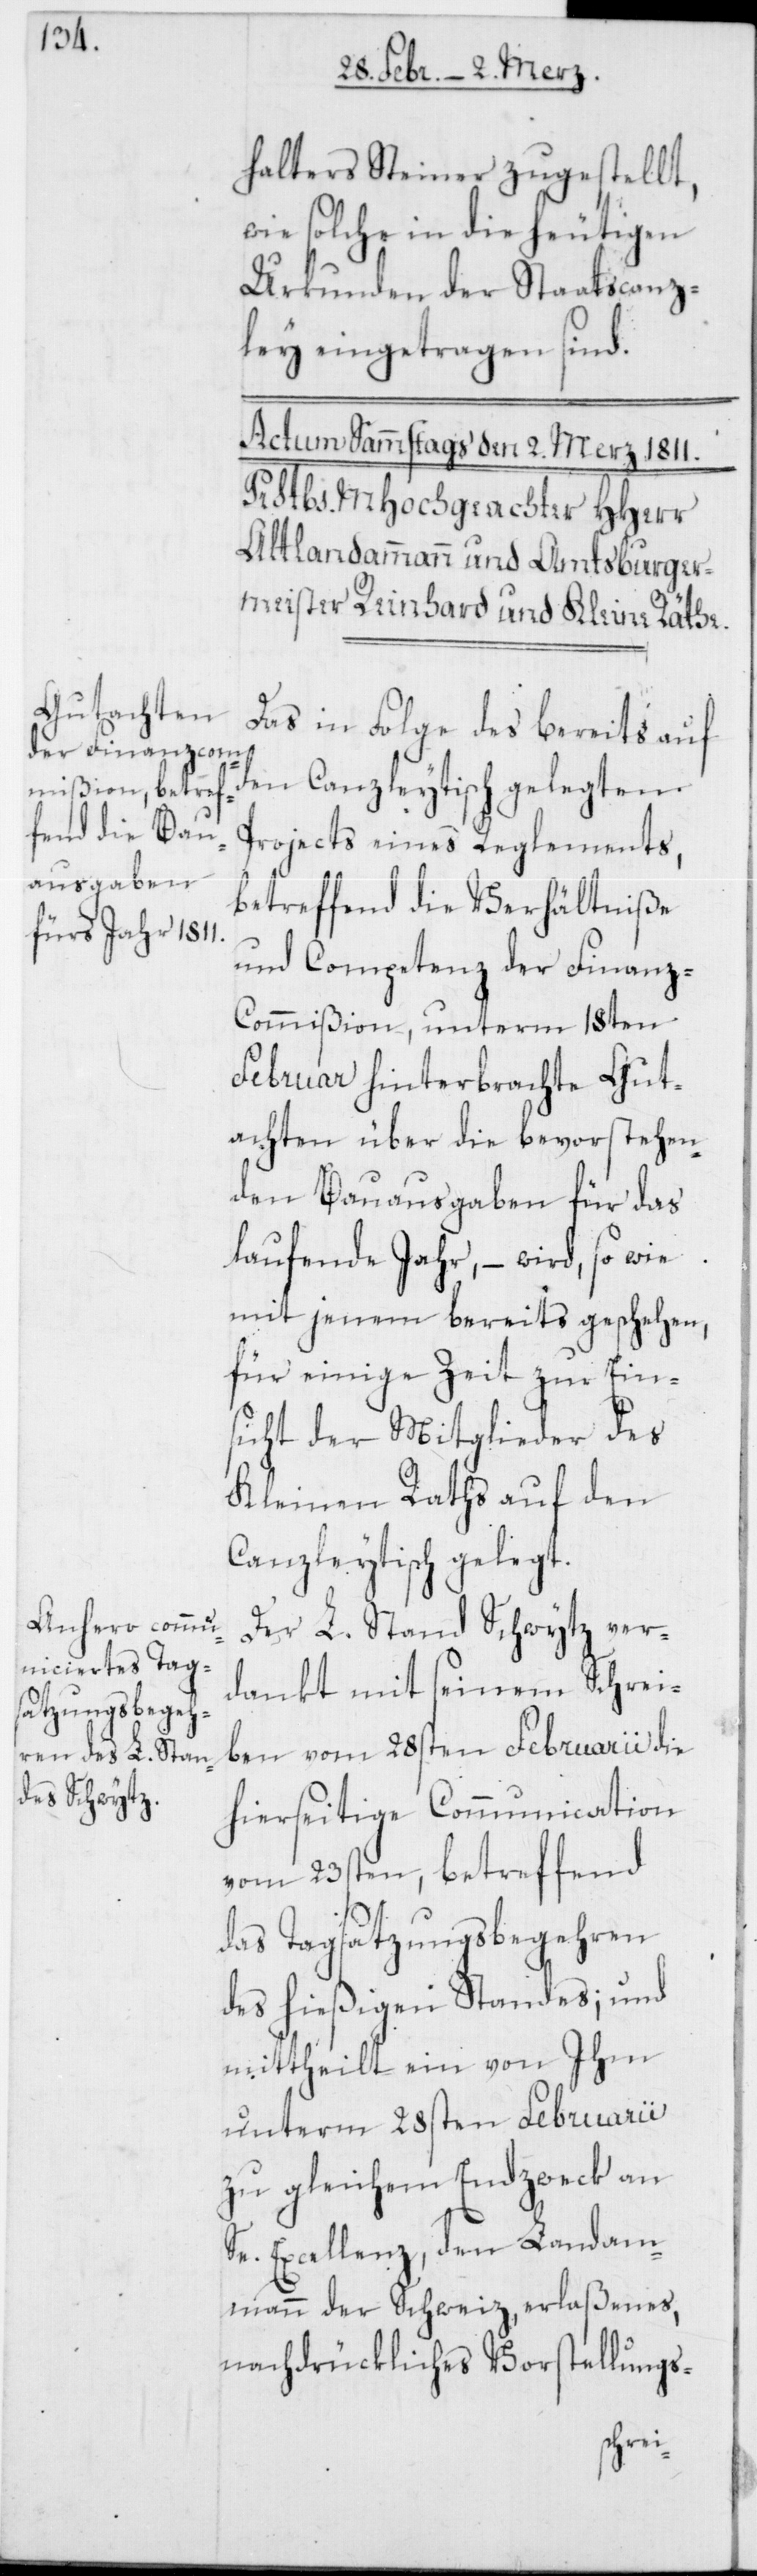
halter Steiner zugestellt,
wie solche in die heutigen
Urkunden der Staatscanz¬
ley eingetragen sind.
Das in Folge des bereits auf
den Canzleytisch gelegten
Projects eines Reglements,
betreffend die Verhältniße
und Competenz der Finanz-C¬
ommißion, unterm 18ten
Februar hinterbrachte Gut¬
achten über die bevorstehen¬
den Bauausgaben für das
laufende Jahr, – wird, so wie
mit jenem bereits geschehen,
für einige Zeit zur Ein¬
sicht der Mitglieder des
Kleinen Raths auf den
Canzleytisch gelegt.
Der L. Stand Schwytz ver¬
dankt mit seinem Schrei¬
ben vom 28sten Februarii die
hierseitige Communication
vom 23sten, betreffend
des Tagsatzungsbegehren
des hießigen Standes; und
mittheilt ein von Ihm
unterm 28sten Februarii
zu gleichem Endzweck an
Se. Excellenz, den Landam¬
mann der Schweiz erlaßenes,
nachdrükliches Vorstellungs-